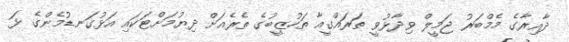
ދާއިރާގެ މެމްބަރު ޖަމީލް ވިދާޅުވީ ތަރައްގީއާ ތަހުޒީބުގެ ތެރެއަށް ދިޔުމަށްޓަކައި އަޅުގަނޑުމެންގެ ޅަ